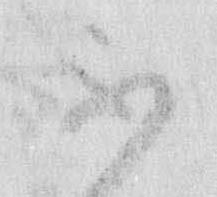
不